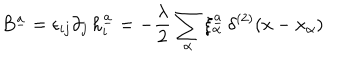
B ^ { \underline { { { a } } } } = \epsilon _ { i j } \partial _ { j } \, h _ { i } ^ { \underline { { { a } } } } = - { \frac { \lambda } { 2 } } \sum _ { \alpha } \xi _ { \alpha } ^ { \underline { { { a } } } } \, \delta ^ { ( 2 ) } ( x - x _ { \alpha } )